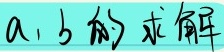
$a、b的求解$